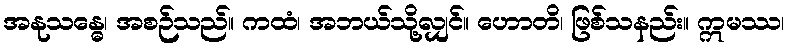
အနုသန္ဓေ၊ အစဉ်သည်။ ကထံ၊ အဘယ်သို့လျှင်။ ဟောတိ၊ ဖြစ်သနည်း။ ဣမဿ၊